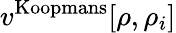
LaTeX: v^{\mathrm{Koopmans}}[\rho,\rho_{i}]